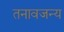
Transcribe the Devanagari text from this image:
तनावजन्य